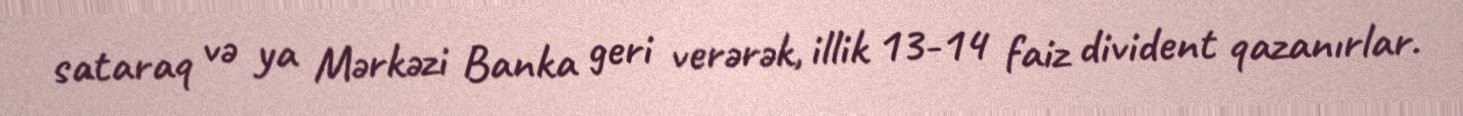
sataraq və ya Mərkəzi Banka geri verərək, illik 13-14 faiz divident qazanırlar.